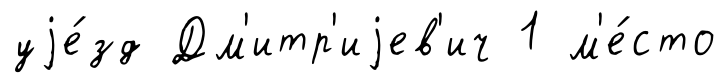
уjе́зд Дм'итр'иjев'ич 1 м'е́сто